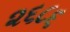
૨૬૮૬